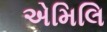
એમિલિ